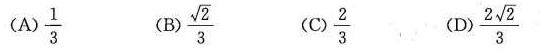
(A) \frac{ 1 } { 3 } (B) \frac { \sqrt { 2 } } { 3 } (C) \frac { 2 } { 3 } (D) \frac { 2 \sqrt { 2 } } { 3 }